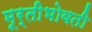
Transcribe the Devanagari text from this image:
मूर्तीभोवती